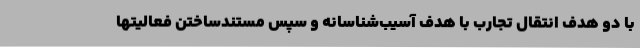
با دو هدف انتقال تجارب با هدف آسیب‌شناسانه و سپس مستندساختن فعالیتها